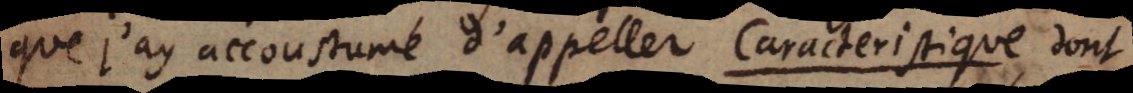
que j’ay accoustumé d’appeller Caracteristique dont